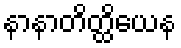
နာနာတိတ္ထိယေန